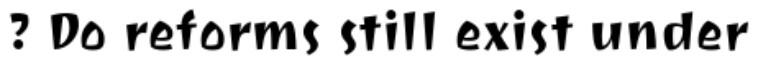
? Do reforms still exist under